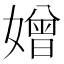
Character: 𡡑